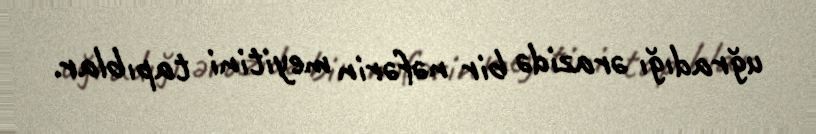
uğradığı ərazidə bir nəfərin meyitini tapıblar.